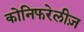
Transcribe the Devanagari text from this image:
कोनिफरेलीज़